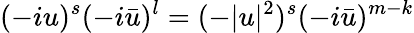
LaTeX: (-iu)^{s}(-i\bar{u})^{l}=(-|u|^{2})^{s}(-i\bar{u})^{m-k}